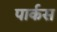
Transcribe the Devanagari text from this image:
पार्कस